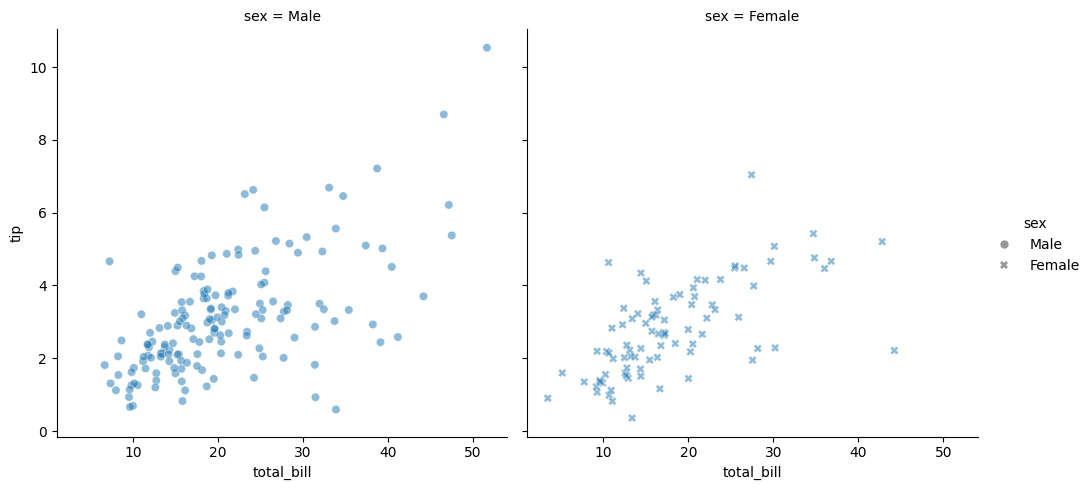
python, seaborn, relplot, alpha=0.5